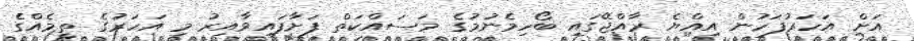
އަށް އަހަރުފަހުން އިއްޔެ ރާއްޖޭގައި ބޯހިމެނުމުގެ މަސައްކަތް ފަށާފައިވާއިރު މި އަހަރުގެ ތީމެއްގެ